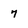
Character: 7